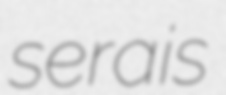
serais